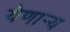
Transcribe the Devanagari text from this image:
येणार्‍य